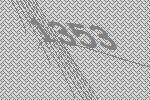
1353